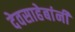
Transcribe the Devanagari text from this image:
देवसाहेबांनी